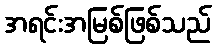
အရင်းအမြစ်ဖြစ်သည်